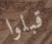
قبلوا